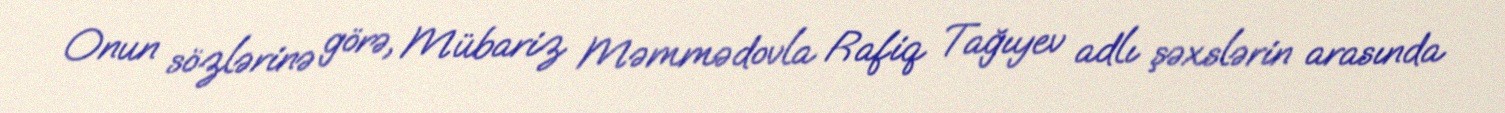
Onun sözlərinə görə, Mübariz Məmmədovla Rafiq Tağıyev adlı şəxslərin arasında